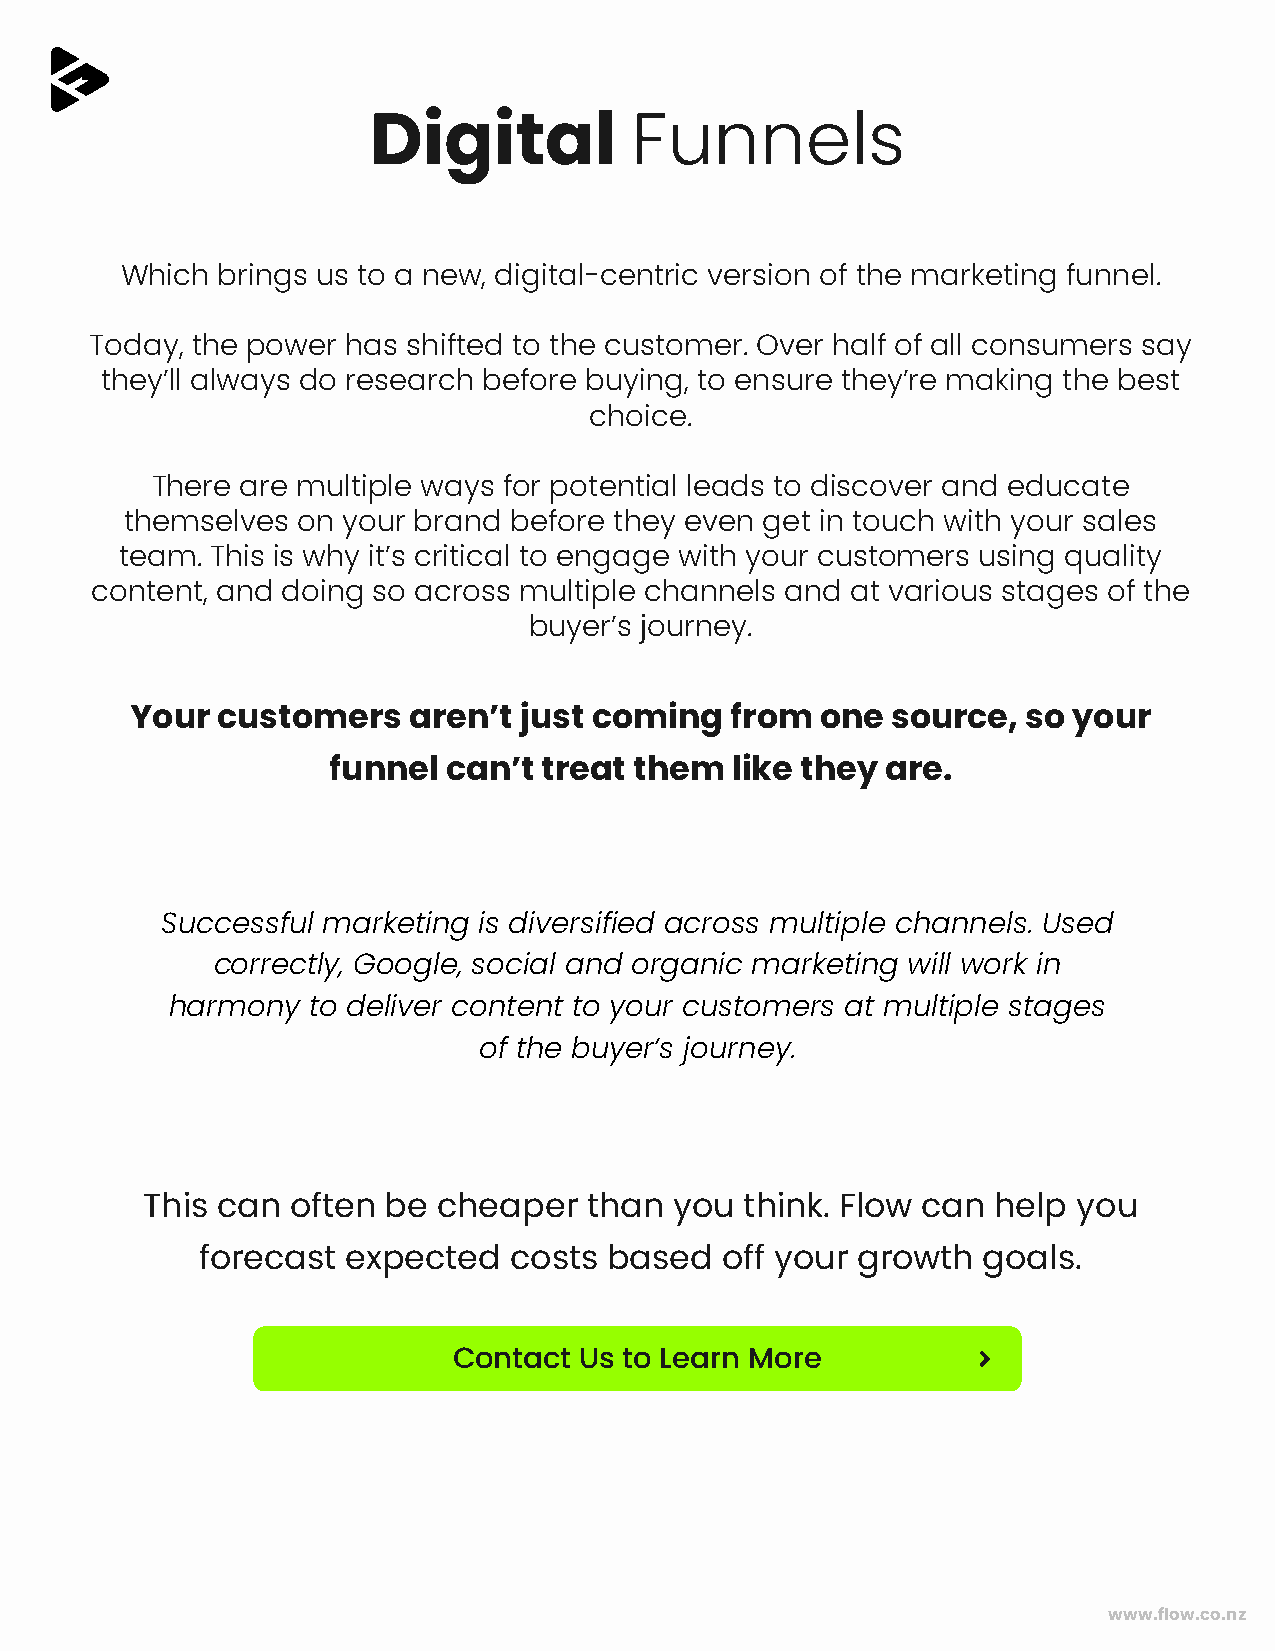
Digital           Funnels
 Which brings us to a new, digital-centric version of the marketing funnel.
 Today, the power has shifted to the customer. Over half of all consumers say
 they’ll always do research before buying, to ensure they’re making the best
 choice.
 There are multiple ways for potential leads to discover and educate
 themselves  on your brand before they even get in touch with your sales
 team. This is why it’s critical to engage with your customers using quality
 content, and doing so across multiple channels and at various stages of the
 buyer’s journey.
 Your customers    aren’t just coming   from  one  source,  so your
 funnel  can’t treat them   like they are.
 Successful marketing is diversified across multiple channels. Used
 correctly, Google, social and organic marketing will work in
 harmony  to deliver content to your customers at multiple stages
 of the buyer’s journey.
 This can  often  be cheaper   than  you think. Flow can  help you
 forecast  expected   costs based   off your growth  goals.
 Contact Us to Learn More
 www.flow.co.nz